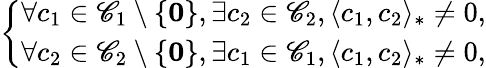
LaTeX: \left\{ \begin{array}{c}{\forall c_{1}\in\mathscr{C}_{1}\setminus\{ \mathbf{0}\} ,\exists c_{2}\in\mathscr{C}_{2},\langle c_{1},c_{2}\rangle_{*}\ne 0,}\\ {\forall c_{2}\in\mathscr{C}_{2}\setminus\{ \mathbf{0}\} ,\exists c_{1}\in\mathscr{C}_{1},\langle c_{1},c_{2}\rangle_{*}\ne 0,}\end{array}\right.